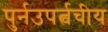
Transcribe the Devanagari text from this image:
पुर्नउपर्त्वचीय